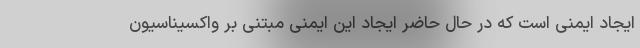
ایجاد ایمنی است که در حال حاضر ایجاد این ایمنی مبتنی بر واکسیناسیون